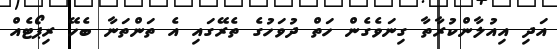
އަދި އިއުލާންކުރާތާ ގިނަވެގެން ހަތް ދުވަހުގެ ތެރޭގައި އެ ތަންތަނާ ބެހޭ ރިޕޯޓެއް